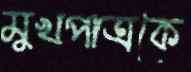
মুখপাত্রকে